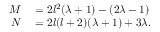
\begin{array} { r l } { M } & { { } = 2 l ^ { 2 } ( \lambda + 1 ) - ( 2 \lambda - 1 ) } \\ { N } & { { } = 2 l ( l + 2 ) ( \lambda + 1 ) + 3 \lambda . } \end{array}